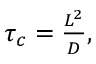
\begin{array} { r } { \tau _ { c } = \frac { L ^ { 2 } } { D } , } \end{array}